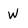
Character: W